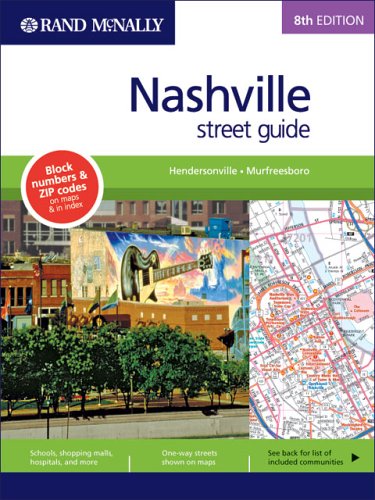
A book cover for Rand Mcnally Street Guide: Nashville (Rand McNally Nashville Street Guide: Including Hendersonville); Rand Mcnally; Travel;